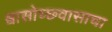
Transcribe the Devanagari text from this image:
श्वासोच्छ्वासाचा